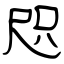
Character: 咫